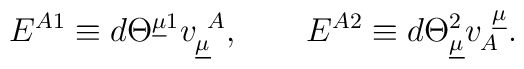
E^{A1} \equiv d\Theta^{\underline{\mu}1} v^{~A}_{\underline{\mu}}, \qquad E^{A2} \equiv d\Theta^2_{\underline{\mu}} v_{A}^{~\underline{\mu}}.\qquad